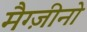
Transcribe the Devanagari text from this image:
मैग्ज़ीनो